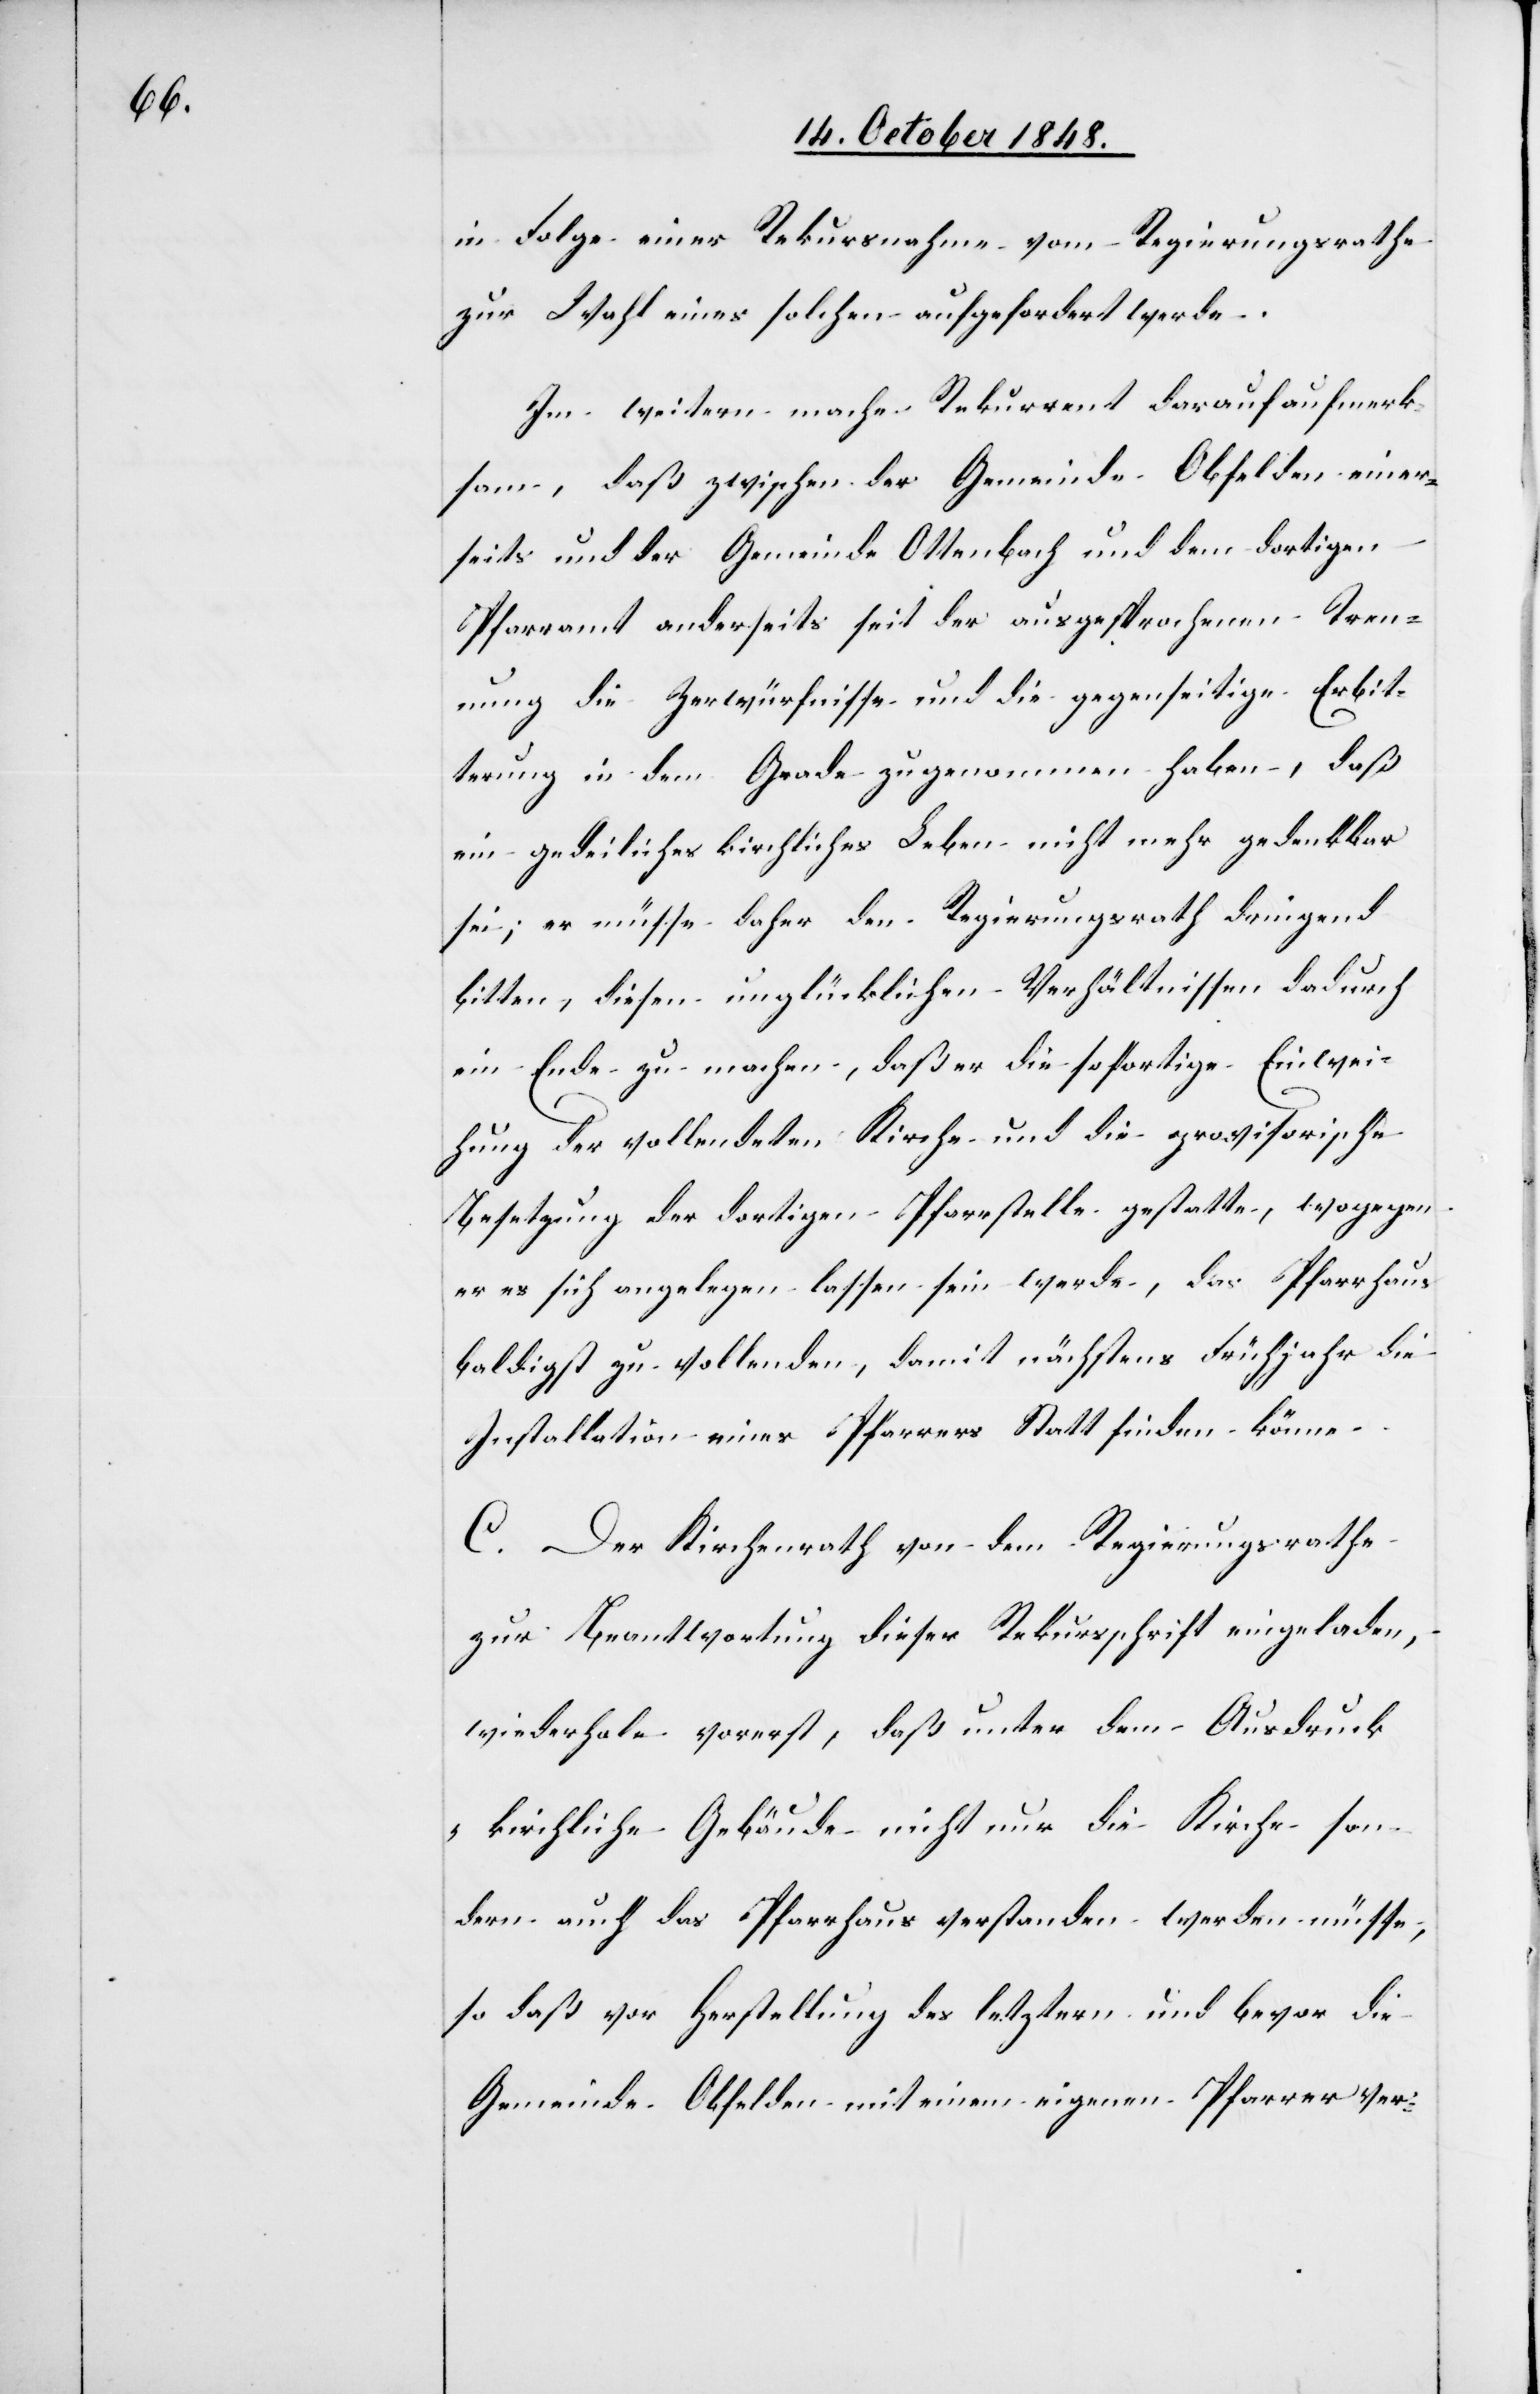
in Folge einer Rekursnahme vom Regierungsrathe
zur Wahl eines solchen aufgefordert werde.
Im weitern mache Rekurrent darauf aufmerk¬
sam, daß zwischen der Gemeinde Obfelden einer¬
seits und der Gemeinde Ottenbach und dem dortigen
Pfarramt anderseits seit der ausgesprochenen Tren¬
nung die Zerwürfnisse und die gegenseitige Erbit¬
tung in dem Grade zugenommen haben, daß
ein gedeiliches kirchliches Leben nicht mehr gedenkbar
sei; er müsse daher den Regierungsrath dringend
bitten, diesen unglücklichen Verhältnissen dadurch
ein Ende zu machen, daß er die sofortige Einwei¬
hung der vollendeten Kirche und die provisorische
Besetzung der dortigen Pfarrstelle gestatte, wogegen
er es sich angelegen lassen sein werde, das Pfarrhaus
baldigst zu vollenden, damit nächstens Frühjahr die
Installation eines Pfarrers statt finden könne.
C. Der Kirchenrath von dem Regierungsrathe
zur Beantwortung dieser Rekursschrift eingeladen,
wiederhole vorerst, daß unter dem Ausdruck
„kirchliche Gebäude[“] nicht nur die Kirche son¬
dern auch das Pfarrhaus verstanden werden müsse,
so daß vor Herstellung des letztern und bevor die
Gemeinde Obfelden mit einem eigenen Pfarrer ver-